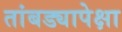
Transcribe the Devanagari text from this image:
तांबड्यापेक्षा